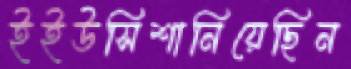
ইইউসিশানিয়েছিন